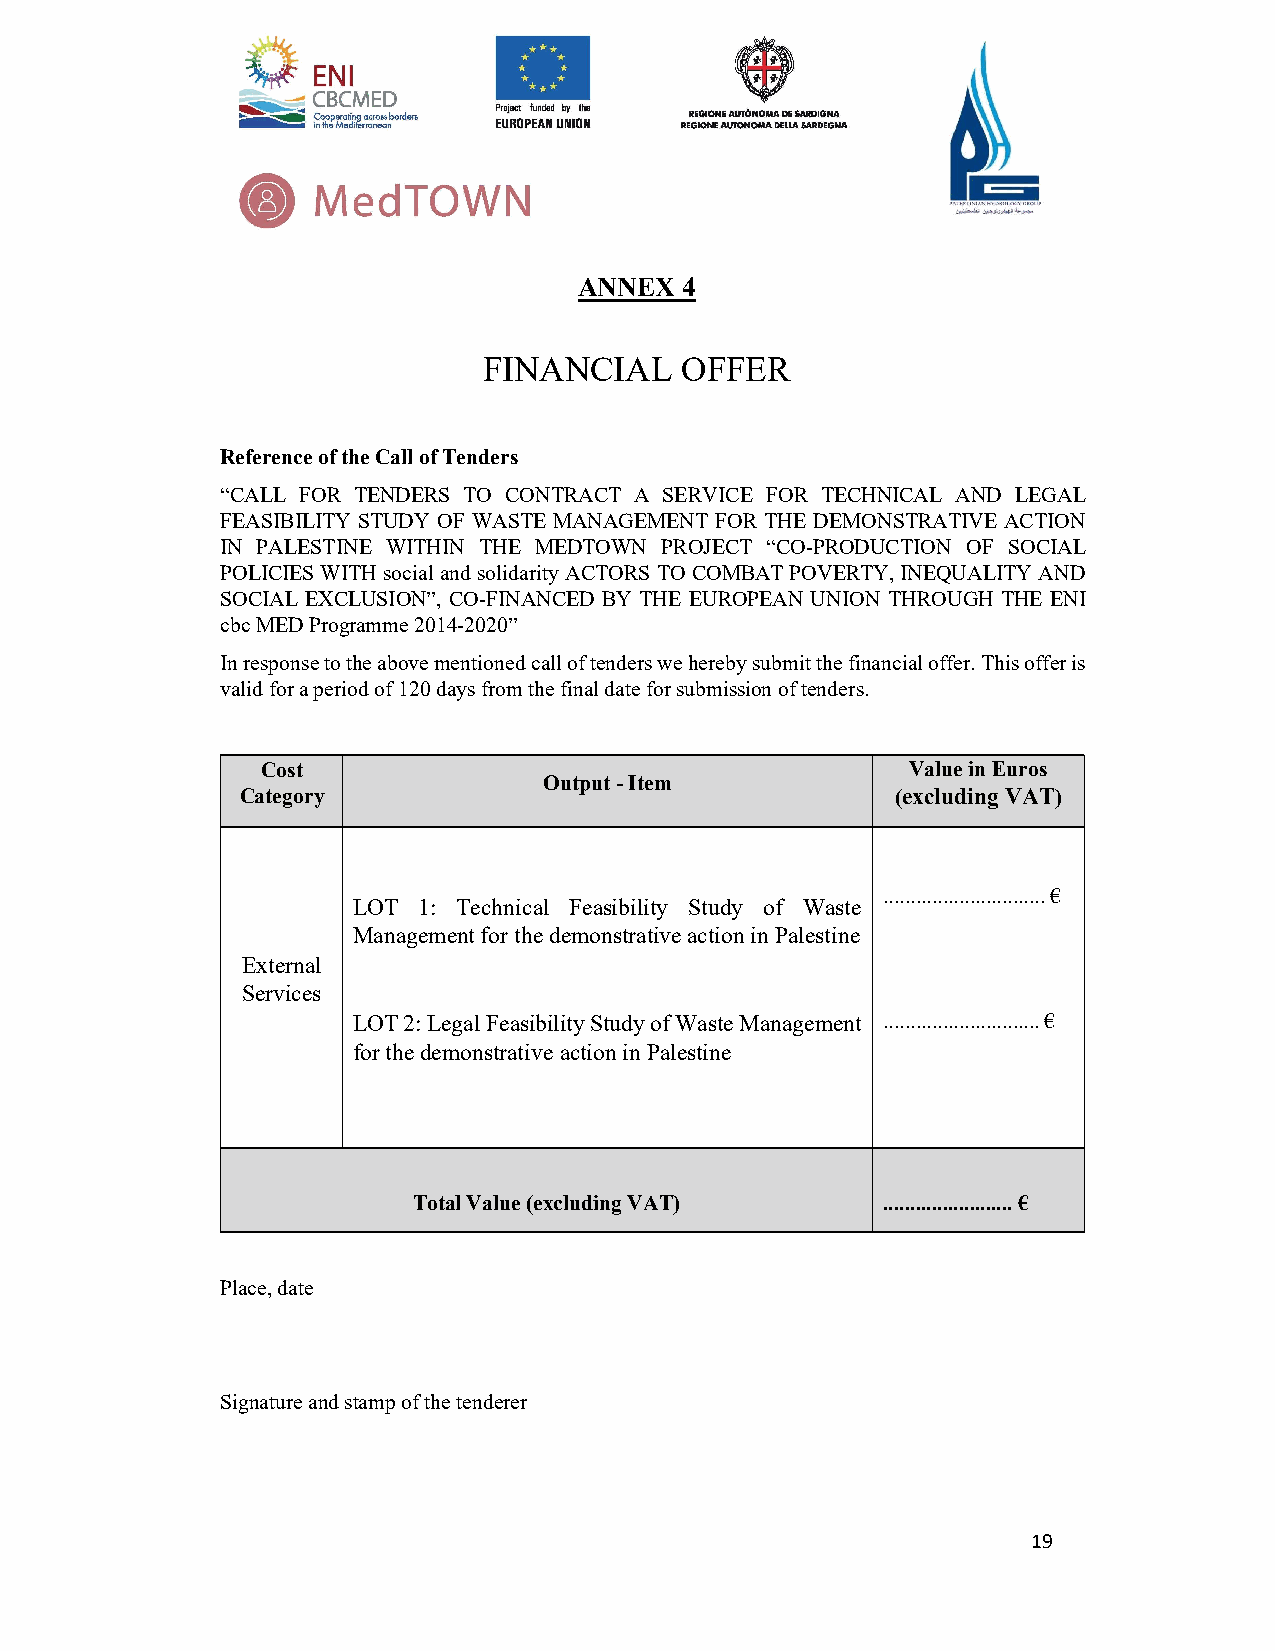
ANNEX  4
 FINANCIAL    OFFER
 Reference of the Call of Tenders
 “CALL FOR TENDERS TO CONTRACT A SERVICE FOR TECHNICAL AND LEGAL
 FEASIBILITY STUDY OF WASTE MANAGEMENT FOR THE DEMONSTRATIVE ACTION
 IN PALESTINE WITHIN THE MEDTOWN PROJECT “CO-PRODUCTION OF SOCIAL
 POLICIES WITH social and solidarity ACTORS TO COMBAT POVERTY, INEQUALITY AND
 SOCIAL EXCLUSION”, CO-FINANCED BY THE EUROPEAN UNION THROUGH THE ENI
 cbc MED Programme 2014-2020”
 In response to the above mentioned call of tenders we hereby submit the financial offer. This offer is
 valid for a period of 120 days from the final date for submission of tenders.
 Cost                                       Value in Euros
 Output - Item
 Category                                   (excluding VAT)
 .............................. €
 LOT  1: Technical Feasibility Study of Waste
 Management for the demonstrative action in Palestine
 External
 Services
 LOT 2: Legal Feasibility Study of Waste Management ............................. €
 for the demonstrative action in Palestine
 Total Value (excluding VAT)    ........................ €
 Place, date
 Signature and stamp of the tenderer
 19